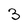
Character: 3